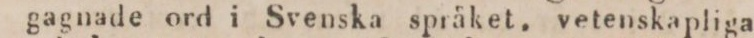
gagnade ord i Svenska språket, vetenskapliga